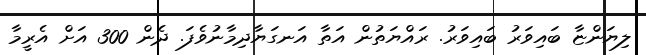
ލިޔަންޏާ ބައިވަރު ބައިވަރު. ރައްޔަތުން އަތާ އަނގަޔާދިމާނުވެފަ. ދެން 300 އަށް އެރީމާ